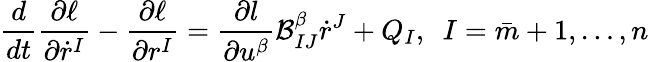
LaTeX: \frac{d}{dt}\frac{\partial\ell}{\partial\dot{r}^{I}}-\frac{\partial\ell}{\partial r^{I}}=\frac{\partial l}{\partial u^{\beta}}\mathcal{B}_{IJ}^{\beta}\dot{r}^{J}+Q_{I},\ \ I=\bar{m}+1,\ldots,n